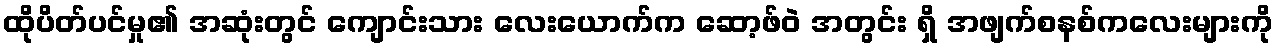
ထိုပိတ်ပင်မှု၏ အဆုံးတွင် ကျောင်းသား လေးယောက်က ဆော့ဖ်ဝဲ အတွင်း ရှိ အဖျက်စနစ်ကလေးများကို